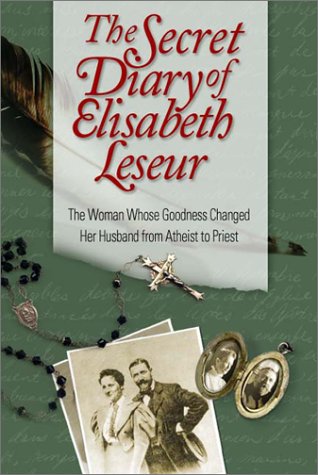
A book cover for The Secret Diary of Elisabeth Leseur: The Woman Whose Goodness Changed Her Husband from Atheist to Priest; Elisabeth Leseur; Christian Books & Bibles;